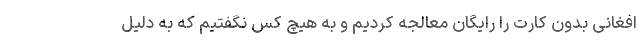
افغانی بدون کارت را رایگان معالجه کردیم و به هیچ کس نگفتیم که به دلیل